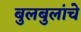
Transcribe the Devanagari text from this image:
बुलबुलांचे